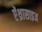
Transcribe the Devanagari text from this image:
ऐंथ्रासाइअ